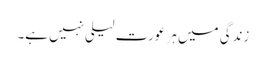
زندگی میں ہر عورت لیلی نہیں ہے۔